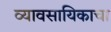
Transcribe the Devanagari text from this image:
व्यावसायिकाचा